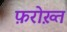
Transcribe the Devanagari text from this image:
फ़रोख़्त